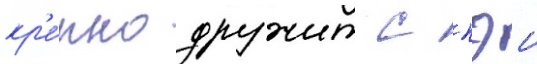
кр'е́пко дружит с кэи